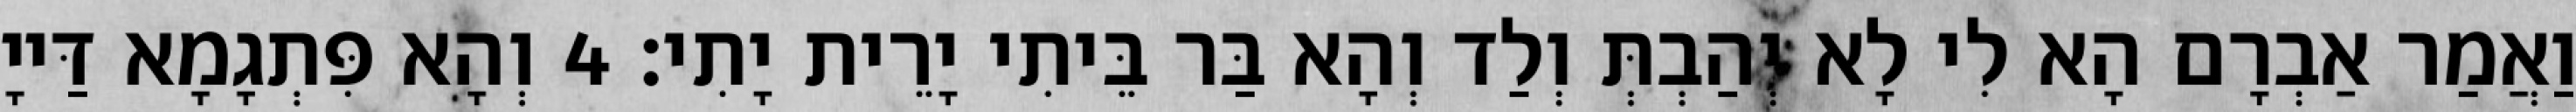
וַאֲמַר אַבְרָם הָא לִי לָא יְהַבְתְּ וְלַד וְהָא בַּר בֵּיתִי יָרֵית יָתִי׃ 4 וְהָא פִּתְגָמָא דַּייָ